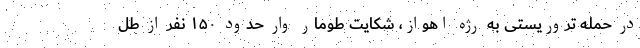
در حمله تروریستی به رژه اهواز، شکایت طومار وار حدود ۱۵۰ نفر از طل